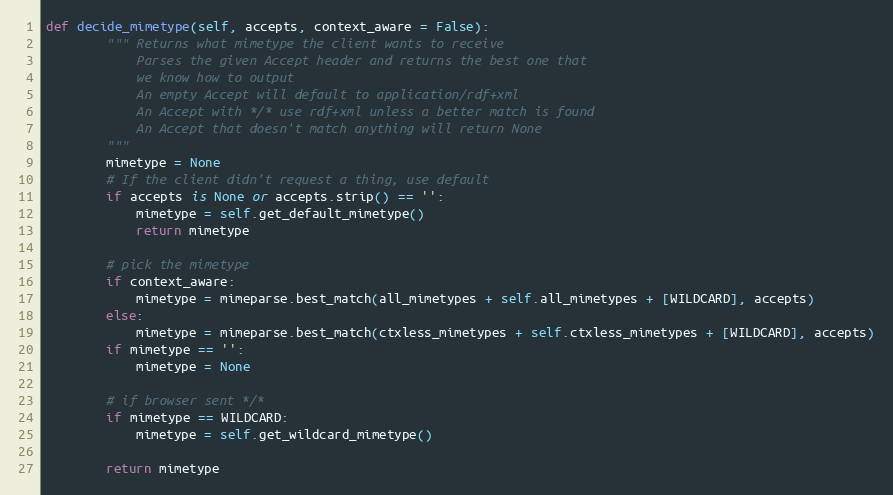
Language: Python
def decide_mimetype(self, accepts, context_aware = False):
		""" Returns what mimetype the client wants to receive
		    Parses the given Accept header and returns the best one that
		    we know how to output
		    An empty Accept will default to application/rdf+xml
		    An Accept with */* use rdf+xml unless a better match is found
		    An Accept that doesn't match anything will return None
		"""
		mimetype = None
		# If the client didn't request a thing, use default
		if accepts is None or accepts.strip() == '':
			mimetype = self.get_default_mimetype()
			return mimetype

		# pick the mimetype
		if context_aware:
			mimetype = mimeparse.best_match(all_mimetypes + self.all_mimetypes + [WILDCARD], accepts)
		else:
			mimetype = mimeparse.best_match(ctxless_mimetypes + self.ctxless_mimetypes + [WILDCARD], accepts)
		if mimetype == '':
			mimetype = None

		# if browser sent */*
		if mimetype == WILDCARD:
			mimetype = self.get_wildcard_mimetype()

		return mimetype